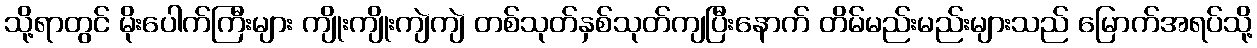
သို့ရာတွင် မိုးပေါက်ကြီးများ ကျိုးကျိုးကျဲကျဲ တစ်သုတ်နှစ်သုတ်ကျပြီးနောက် တိမ်မည်းမည်းများသည် မြောက်အရပ်သို့